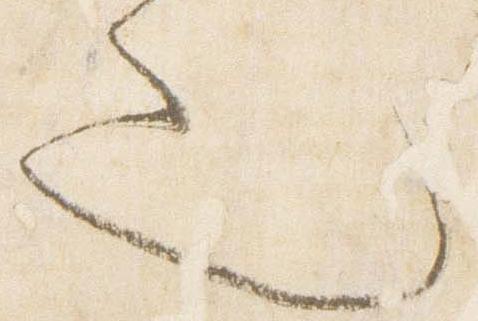
也